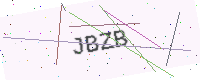
Text: JBZB